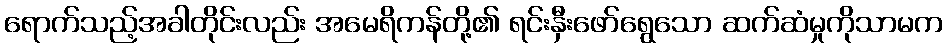
ရောက်သည့်အခါတိုင်းလည်း အမေရိကန်တို့၏ ရင်းနှီးဖော်ရွေသော ဆက်ဆံမှုကိုသာမက